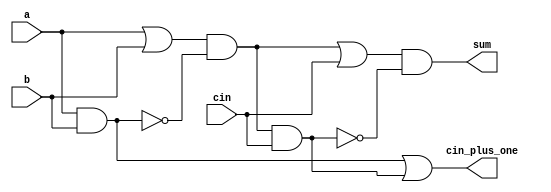
module full_adder(sum,cin_plus_one,cin,a,b);

wire wire1,wire2,wire3,wire4,
     wire5,wire6,wire7;

input a,b,cin;
output sum,cin_plus_one;	  

or   first_step(wire1,a,b);
and  second_step(wire2,a,b);
not  third_step(wire3,wire2);
and  four_step(wire4,wire1,wire3);
and  five_step(wire5,wire4,cin);
or   six_step(wire6,wire4,cin);
not  seven_step(wire7,wire5);

and  sum_step(sum,wire6,wire7);

or next_carry_out(cin_plus_one,wire2,wire5);


endmodule